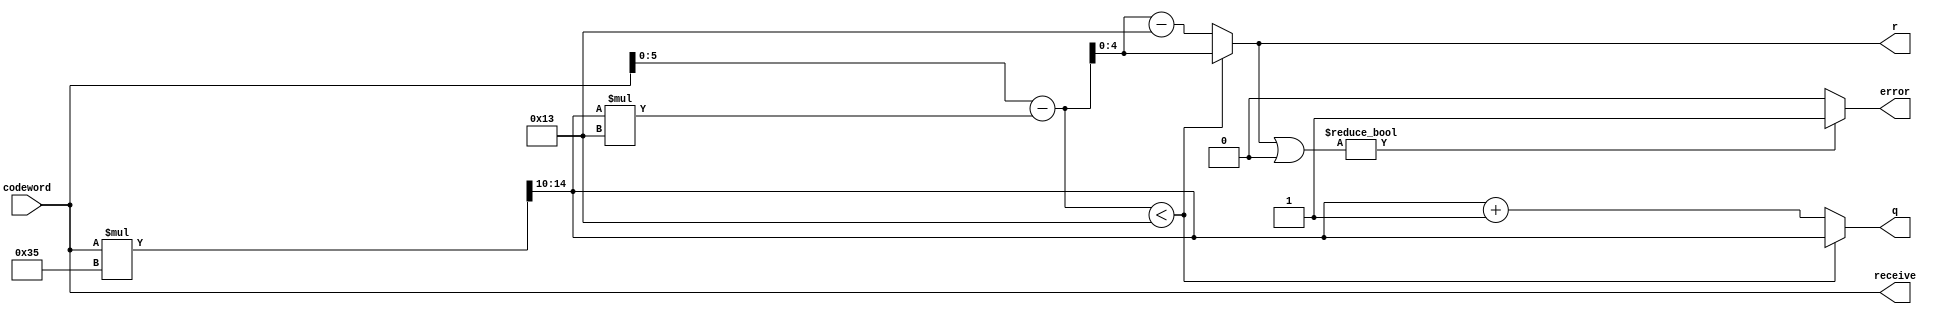
module barrett_n19(input [8:0] codeword,output [4:0]q,output [4:0]r,output error,output[8:0] receive);
    wire[14:0]q_temp;
    wire[5:0]r_temp;
    assign q_temp=codeword*6'd53>>10;
    assign r_temp=codeword-q_temp*5'd19;
    assign q=r_temp<5'd19 ? q_temp:q_temp+1'b1;
    assign r=r_temp<5'd19 ? r_temp:r_temp-5'd19;
    assign error = r|5'b0 ? 1'b1:1'b0;
    assign receive = codeword;
endmodule